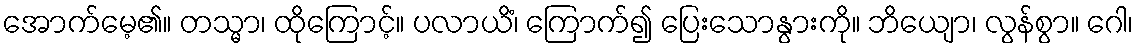
အောက်မေ့၏။ တသ္မာ၊ ထိုကြောင့်။ ပလာယိံ၊ ကြောက်၍ ပြေးသောနွားကို။ ဘိယျော၊ လွန်စွာ။ ဂေါ၊